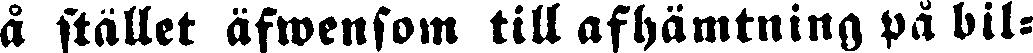
å stället Äfwensom till afhämtning på bil-